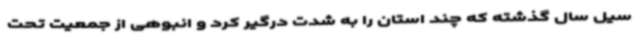
سیل سال گذشته که چند استان را به شدت درگیر کرد و انبوهی از جمعیت تحت